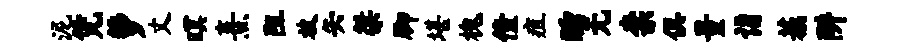
泥凭萝丈暝熹阻放矢桀脚堪槐僮疽睡无柰俱量诣蔟阱